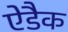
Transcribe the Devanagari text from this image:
ऐडैक